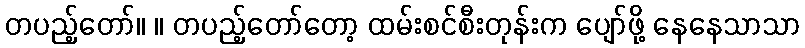
တပည့်တော်။ ။ တပည့်တော်တော့ ထမ်းစင်စီးတုန်းက ပျော်ဖို့ နေနေသာသာ